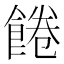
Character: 𩜇